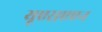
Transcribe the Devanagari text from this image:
यूएसएएन